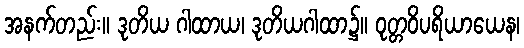
အနက်တည်း။ ဒုတိယ ဂါထာယ၊ ဒုတိယဂါထာ၌။ ဝုတ္တဝိပရိယာယေန၊